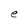
Character: e